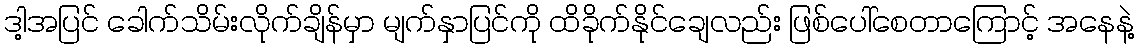
ဒါ့အပြင် ခေါက်သိမ်းလိုက်ချိန်မှာ မျက်နှာပြင်ကို ထိခိုက်နိုင်ချေလည်း ဖြစ်ပေါ်စေတာကြောင့် အနေနဲ့